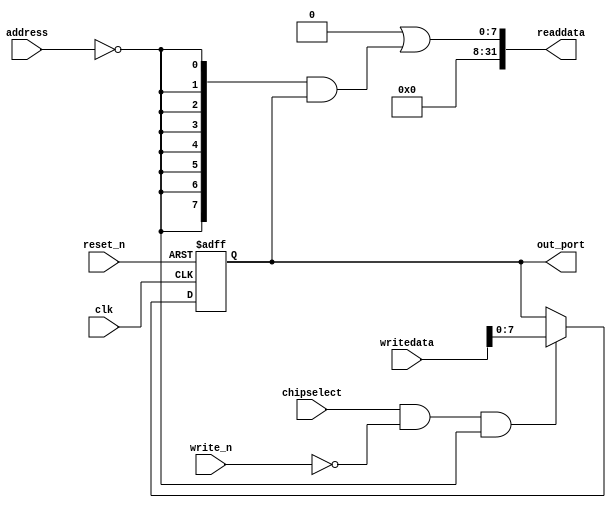
module usb_system_keycode (
                             address,
                             chipselect,
                             clk,
                             reset_n,
                             write_n,
                             writedata,
                             out_port,
                             readdata
                          )
;
  output  [  7: 0] out_port;
  output  [ 31: 0] readdata;
  input   [  1: 0] address;
  input            chipselect;
  input            clk;
  input            reset_n;
  input            write_n;
  input   [ 31: 0] writedata;
  wire             clk_en;
  reg     [  7: 0] data_out;
  wire    [  7: 0] out_port;
  wire    [  7: 0] read_mux_out;
  wire    [ 31: 0] readdata;
  assign clk_en = 1;
  assign read_mux_out = {8 {(address == 0)}} & data_out;
  always @(posedge clk or negedge reset_n)
    begin
      if (reset_n == 0)
          data_out <= 0;
      else if (chipselect && ~write_n && (address == 0))
          data_out <= writedata[7 : 0];
    end
  assign readdata = {32'b0 | read_mux_out};
  assign out_port = data_out;
endmodule